Document type: Sale
Year: 1274
Scribe: [Unknown]
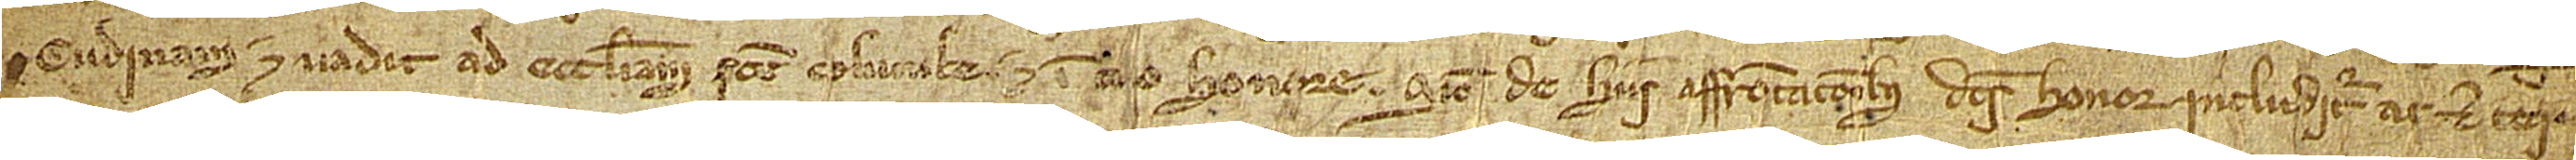
cudinam et vadit ad ecclesiam Sancte Columbe, et in m[e]o honore. Sicut de hiis affrontacionibus dictus honor includitur ac deter-